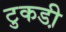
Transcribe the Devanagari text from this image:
टुकडी़